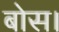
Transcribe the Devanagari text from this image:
बोस।